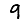
Digit: 9